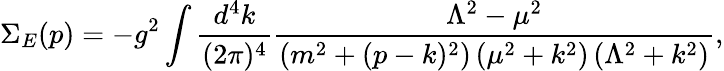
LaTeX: \Sigma_{E}(p)=-g^{2}\int\frac{d^{4}k}{(2\pi)^{4}}\frac{\Lambda^{2}-\mu^{2}}{\left(m^{2}+(p-k)^{2}\right)\left(\mu^{2}+k^{2}\right)\left(\Lambda^{2}+k^{2}\right)},